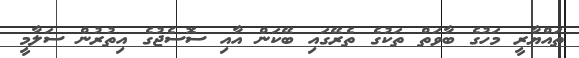
ތައްޔާރީ މަހުގެ ބާވަތް ތަކުގެ ތެރޭގައި ބޭކަން އާއި ސޮސެޖުގެ އިތުރުން ސަލާމީ